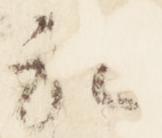
礼